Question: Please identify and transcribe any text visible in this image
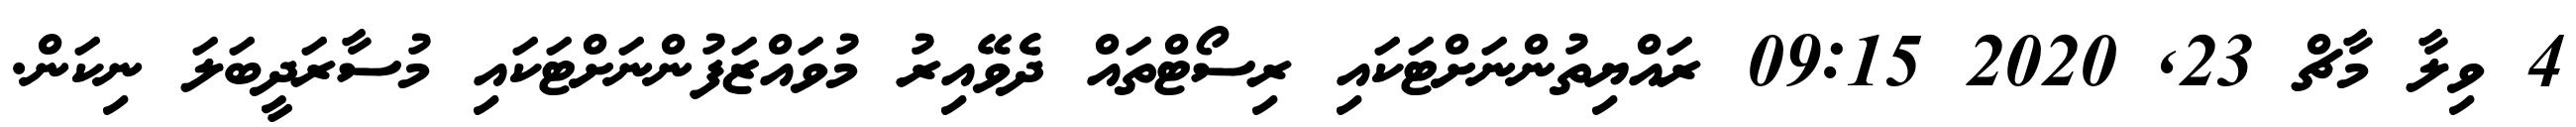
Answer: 4 ވިލާ މާޗް 23, 2020 09:15 ރައްޔިތުންނަށްޓަކައި ރިސޯޓްތައް ދެވޭއިރު މުވައްޒަފުންނަށްޓަކައި މުސާރަދީބަލަ ނިކަން.